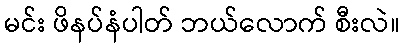
မင်း ဖိနပ်နံပါတ် ဘယ်လောက် စီးလဲ။